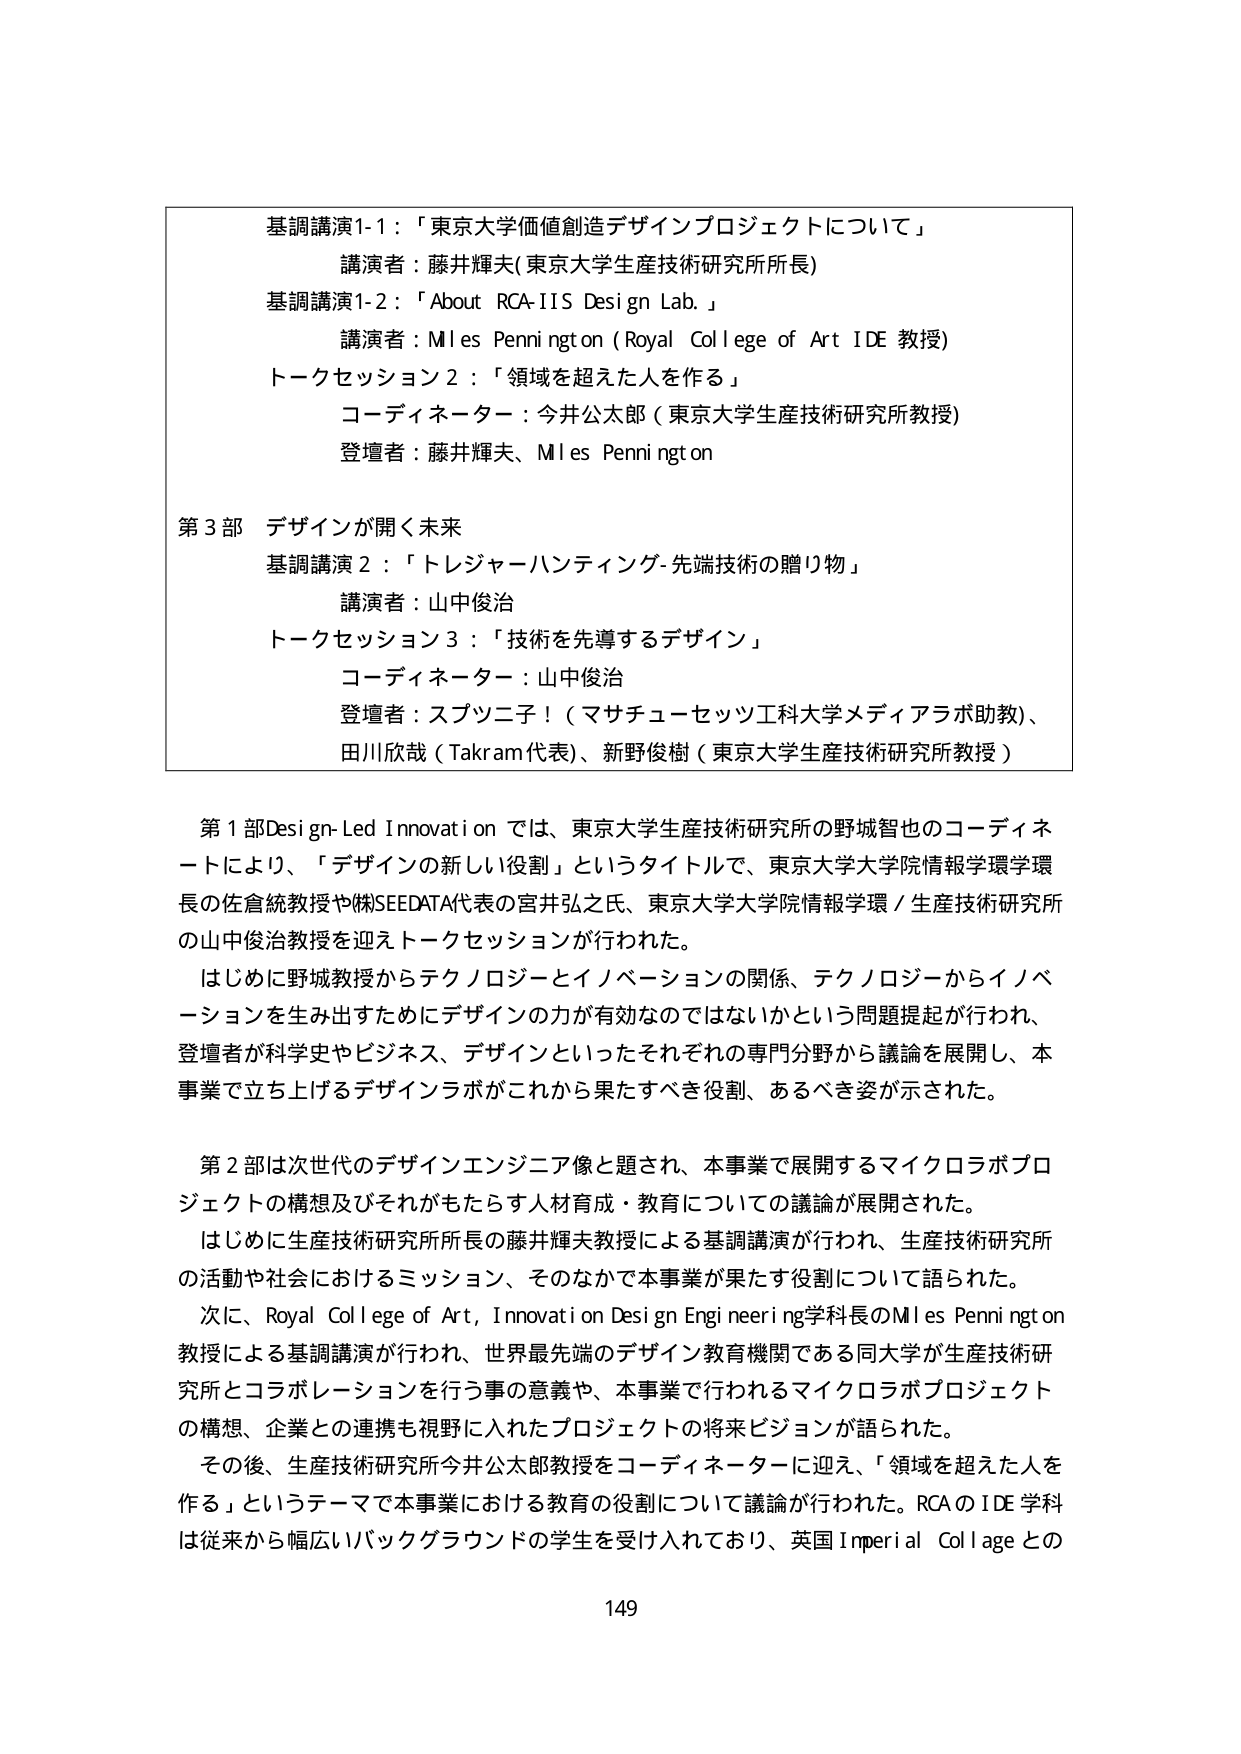
基調講演1-1：「東京大学価値創造デザインプロジェクトについて」
講演者：藤井輝夫(東京大学生産技術研究所所長)
基調講演1-2：「About RCA-IIS Design Lab.」
講演者：Miles Pennington (Royal College of Art IDE 教授)
トークセッション2：「領域を超えた人を作る」
コーディネーター：今井公太郎（東京大学生産技術研究所教授）
登壇者：藤井輝夫、Miles Pennington

第3部 デザインが開く未来
基調講演2：「トレジャーハンティング-先端技術の贈り物」
講演者：山中俊治
トークセッション3：「技術を先導するデザイン」
コーディネーター：山中俊治
登壇者：スプニ二子！（マサチューセッツ工科大学メディアラボ助教）、
田川欣哉（Takram代表）、新野俊樹（東京大学生産技術研究所教授）

第1部Design-Led Innovationでは、東京大学生産技術研究所の野城智也のコーディネートにより、「デザインの新しい役割」というタイトルで、東京大学大学院情報学環学環長の佐倉統教授や㈱SEEDATA代表の宮井弘之氏、東京大学大学院情報学環／生産技術研究所の山中俊治教授を迎えてトークセッションが行われた。
はじめに野城教授からテクノロジーとイノベーションの関係、テクノロジーからイノベーションを生み出すためにデザインの力が有効なのではないかという問題提起が行われ、登壇者が科学史やビジネス、デザインといったそれぞれの専門分野から議論を展開し、本事業で立ち上げるデザインラボがこれから果たすべき役割、あるべき姿が示された。

第2部は次世代のデザインエンジニア像と題され、本事業で展開するマイクロラボプロジェクトの構想及びそれがもたらす人材育成・教育についての議論が展開された。
はじめに生産技術研究所所長の藤井輝夫教授による基調講演が行われ、生産技術研究所の活動や社会におけるミッション、そのなかで本事業が果たす役割について語られた。
次に、Royal College of Art, Innovation Design Engineering学科長のMiles Pennington教授による基調講演が行われ、世界最先端のデザイン教育機関である同大学が生産技術研究所とコラボレーションを行う事の意義や、本事業で行われるマイクロラボプロジェクトの構想、企業との連携も視野に入れたプロジェクトの将来ビジョンが語られた。
その後、生産技術研究所今井公太郎教授をコーディネーターに迎え、「領域を超えた人を作る」というテーマで本事業における教育の役割について議論が行われた。RCAのIDE学科は従来から幅広いバックグラウンドの学生を受け入れており、英国Imperial Collegeとの

149